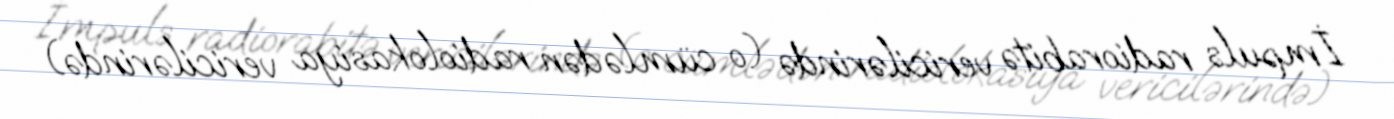
İmpuls radiorabitə vericilərində (o cümlədən radiolokasiya vericilərində)